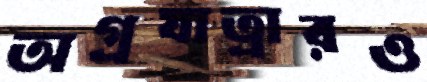
অগ্রযাত্রারও